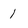
Character: 1